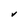
Character: V